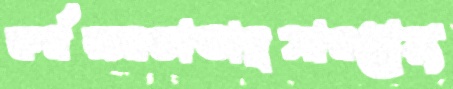
কর্মক্ষমতাভাদ্রসামহোয়্য